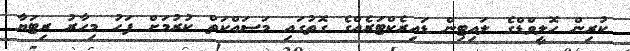
ކުރިން ހޮލީވްޑްގެ ލައިޓިން ޑައިރެކްޓަރެއްގެ ގޮތުގައި މަސައްކަތް ކުރުމަށް ފަހު މިހާރު ރިޓަޔާ